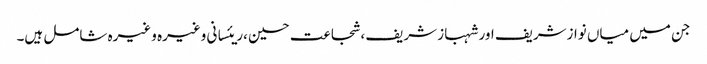
جن میں میاں نوازشریف اور شہباز شریف ،شجاعت حسین ،ریئسانی وغیرہ وغیرہ شامل ہیں۔